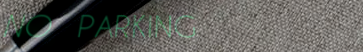
NO PARKING